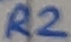
Text: R2